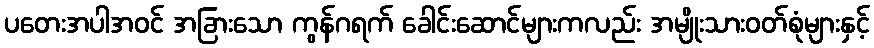
ပတေးအပါအဝင် အခြားသော ကွန်ဂရက် ခေါင်းဆောင်များကလည်း အမျိုးသားဝတ်စုံများနှင့်